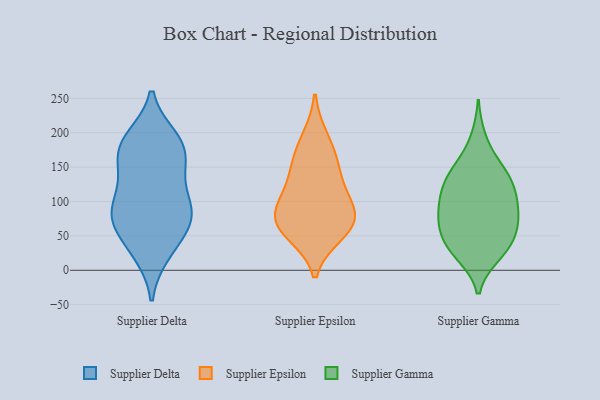
{"axis": {"x": "Bounce Rate (%)", "y": "Value"}, "legend": ["Supplier Delta", "Supplier Epsilon", "Supplier Gamma"], "data": [{"x": "", "y": 178, "type": "Supplier Delta"}, {"x": "", "y": 98, "type": "Supplier Delta"}, {"x": "", "y": 158, "type": "Supplier Delta"}, {"x": "", "y": 148, "type": "Supplier Delta"}, {"x": "", "y": 75, "type": "Supplier Delta"}, {"x": "", "y": 67, "type": "Supplier Delta"}, {"x": "", "y": 107, "type": "Supplier Delta"}, {"x": "", "y": 70, "type": "Supplier Delta"}, {"x": "", "y": 72, "type": "Supplier Delta"}, {"x": "", "y": 169, "type": "Supplier Delta"}, {"x": "", "y": 143, "type": "Supplier Delta"}, {"x": "", "y": 90, "type": "Supplier Delta"}, {"x": "", "y": 189, "type": "Supplier Delta"}, {"x": "", "y": 101, "type": "Supplier Delta"}, {"x": "", "y": 193, "type": "Supplier Delta"}, {"x": "", "y": 50, "type": "Supplier Delta"}, {"x": "", "y": 23, "type": "Supplier Delta"}, {"x": "", "y": 193, "type": "Supplier Delta"}, {"x": "", "y": 24, "type": "Supplier Delta"}, {"x": "", "y": 65, "type": "Supplier Epsilon"}, {"x": "", "y": 100, "type": "Supplier Epsilon"}, {"x": "", "y": 120, "type": "Supplier Epsilon"}, {"x": "", "y": 53, "type": "Supplier Epsilon"}, {"x": "", "y": 62, "type": "Supplier Epsilon"}, {"x": "", "y": 86, "type": "Supplier Epsilon"}, {"x": "", "y": 192, "type": "Supplier Epsilon"}, {"x": "", "y": 162, "type": "Supplier Epsilon"}, {"x": "", "y": 148, "type": "Supplier Epsilon"}, {"x": "", "y": 77, "type": "Supplier Epsilon"}, {"x": "", "y": 22, "type": "Supplier Gamma"}, {"x": "", "y": 32, "type": "Supplier Gamma"}, {"x": "", "y": 126, "type": "Supplier Gamma"}, {"x": "", "y": 80, "type": "Supplier Gamma"}, {"x": "", "y": 59, "type": "Supplier Gamma"}, {"x": "", "y": 105, "type": "Supplier Gamma"}, {"x": "", "y": 148, "type": "Supplier Gamma"}, {"x": "", "y": 62, "type": "Supplier Gamma"}, {"x": "", "y": 29, "type": "Supplier Gamma"}, {"x": "", "y": 192, "type": "Supplier Gamma"}, {"x": "", "y": 149, "type": "Supplier Gamma"}, {"x": "", "y": 68, "type": "Supplier Gamma"}, {"x": "", "y": 120, "type": "Supplier Gamma"}, {"x": "", "y": 52, "type": "Supplier Gamma"}, {"x": "", "y": 86, "type": "Supplier Gamma"}, {"x": "", "y": 83, "type": "Supplier Gamma"}, {"x": "", "y": 147, "type": "Supplier Gamma"}, {"x": "", "y": 106, "type": "Supplier Gamma"}, {"x": "", "y": 118, "type": "Supplier Gamma"}, {"x": "", "y": 27, "type": "Supplier Gamma"}]}